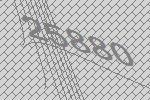
25880